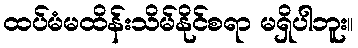
ထပ်မံမထိန်းသိမ်နိုင်စရာ မရှိပါဘူး။